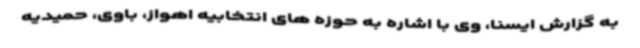
به گزارش ایسنا، وی با اشاره به حوزه های انتخابیه اهواز، باوی، حمیدیه